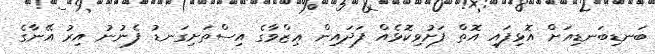
ބަނޑިބަނޑިއަށް އޮޅިފައި އޮތް ފަށުވިކޮޅެއް ފަދައިން ޢިޒްވާގެ އިސްތަށިގަނޑު ފެނުނު އިރު އޭނާގެ